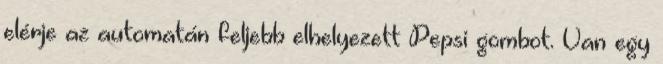
elérje az automatán feljebb elhelyezett Pepsi gombot. Van egy